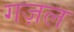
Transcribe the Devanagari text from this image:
गज़ल